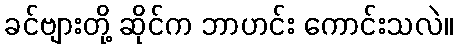
ခင်ဗျားတို့ ဆိုင်က ဘာဟင်း ကောင်းသလဲ။